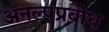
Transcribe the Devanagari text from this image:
अनल्पप्रबोध